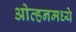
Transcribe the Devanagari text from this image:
ओव्हनमध्ये